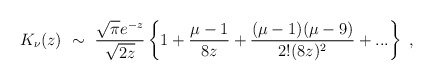
\begin{align*}K_{\nu}(z)\ \sim\ \frac{\sqrt{\pi}e^{-z}}{\sqrt{2z}}\left\{1+\frac{\mu -1}{8z}+\frac{(\mu -1)(\mu -9)}{2!(8z)^2}+...\right\}\ ,\end{align*}